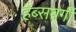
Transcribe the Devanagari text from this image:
हैब्सबर्गी